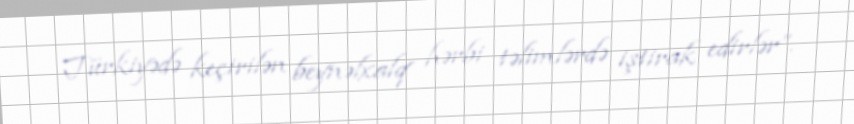
Türkiyədə keçirilən beynəlxalq hərbi təlimlərdə iştirak edirlər”.